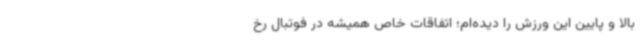
بالا و پایین این ورزش را دیده‌ام؛ اتفاقات خاص همیشه در فوتبال رخ